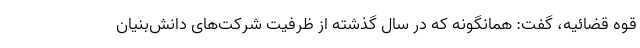
قوه قضائیه، گفت: همانگونه که در سال گذشته از ظرفیت شرکت‌های دانش‌بنیان